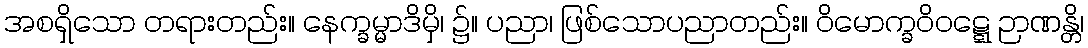
အစရှိသော တရားတည်း။ နေက္ခမ္မာဒိမှိ၊ ၌။ ပညာ၊ ဖြစ်သောပညာတည်း။ ဝိမောက္ခဝိဝဋ္ဋေ ဉာဏန္တိ၊